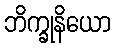
ဘိက္ခုနိယော